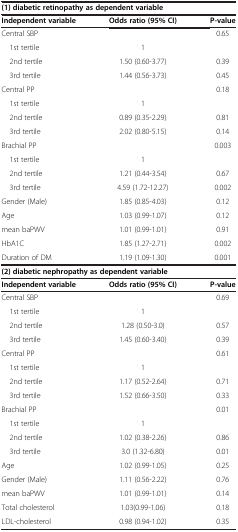
<table><thead><tr><td colspan="3"><b>(1) diabetic retinopathy as dependent variable</b></td></tr></thead><tbody><tr><td><b>Independent variable</b></td><td><b>Odds ratio (95% </b><b>CI)</b></td><td><b>P-value</b></td></tr><tr><td>Central SBP</td><td> </td><td>0.65</td></tr><tr><td> 1st tertile</td><td>1</td><td> </td></tr><tr><td> 2nd tertile</td><td>1.50 (0.60-3.77)</td><td>0.39</td></tr><tr><td> 3rd tertile</td><td>1.44 (0.56-3.73)</td><td>0.45</td></tr><tr><td>Central PP</td><td> </td><td>0.18</td></tr><tr><td> 1st tertile</td><td>1</td><td> </td></tr><tr><td> 2nd tertile</td><td>0.89 (0.35-2.29)</td><td>0.81</td></tr><tr><td> 3rd tertile</td><td>2.02 (0.80-5.15)</td><td>0.14</td></tr><tr><td>Brachial PP</td><td> </td><td>0.003</td></tr><tr><td> 1st tertile</td><td>1</td><td> </td></tr><tr><td> 2nd tertile</td><td>1.21 (0.44-3.54)</td><td>0.67</td></tr><tr><td> 3rd tertile</td><td>4.59 (1.72-12.27)</td><td>0.002</td></tr><tr><td>Gender (Male)</td><td>1.85 (0.85-4.03)</td><td>0.12</td></tr><tr><td>Age</td><td>1.03 (0.99-1.07)</td><td>0.12</td></tr><tr><td>mean baPWV</td><td>1.01 (0.99-1.01)</td><td>0.91</td></tr><tr><td>HbA1C</td><td>1.85 (1.27-2.71)</td><td>0.002</td></tr><tr><td>Duration of DM</td><td>1.19 (1.09-1.30)</td><td>0.001</td></tr><tr><td colspan="3"><b>(2) diabetic nephropathy as dependent variable</b></td></tr><tr><td><b>Independent variable</b></td><td><b>Odds ratio (95% CI)</b></td><td><b>P-value</b></td></tr><tr><td>Central SBP</td><td> </td><td>0.69</td></tr><tr><td> 1st tertile</td><td>1</td><td> </td></tr><tr><td> 2nd tertile</td><td>1.28 (0.50-3.0)</td><td>0.57</td></tr><tr><td> 3rd tertile</td><td>1.45 (0.60-3.40)</td><td>0.39</td></tr><tr><td>Central PP</td><td> </td><td>0.61</td></tr><tr><td> 1st tertile</td><td>1</td><td> </td></tr><tr><td> 2nd tertile</td><td>1.17 (0.52-2.64)</td><td>0.71</td></tr><tr><td> 3rd tertile</td><td>1.52 (0.66-3.50)</td><td>0.33</td></tr><tr><td>Brachial PP</td><td> </td><td>0.01</td></tr><tr><td> 1st tertile</td><td>1</td><td> </td></tr><tr><td> 2nd tertile</td><td>1.02 (0.38-2.26)</td><td>0.86</td></tr><tr><td> 3rd tertile</td><td>3.0 (1.32-6.80)</td><td>0.01</td></tr><tr><td>Age</td><td>1.02 (0.99-1.05)</td><td>0.25</td></tr><tr><td>Gender (Male)</td><td>1.11 (0.56-2.22)</td><td>0.76</td></tr><tr><td>mean baPWV</td><td>1.01 (0.99-1.01)</td><td>0.14</td></tr><tr><td>Total cholesterol</td><td>1.03(0.99-1.06)</td><td>0.18</td></tr><tr><td>LDL-cholesterol</td><td>0.98 (0.94-1.02)</td><td>0.35</td></tr></tbody></table>